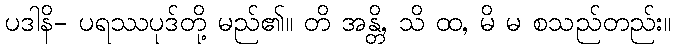
ပဒါနိ- ပရဿပုဒ်တို့ မည်၏။ တိ အန္တိ, သိ ထ, မိ မ စသည်တည်း။